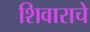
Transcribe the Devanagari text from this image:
शिवाराचे